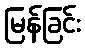
မြန်ခြင်း